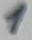
Text: 1